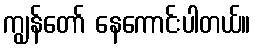
ကျွန်တော် နေကောင်းပါတယ်။